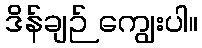
ဒိန်ချဉ် ကျွေးပါ။